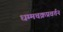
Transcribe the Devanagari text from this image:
धम्मचक्रप्रवर्तन